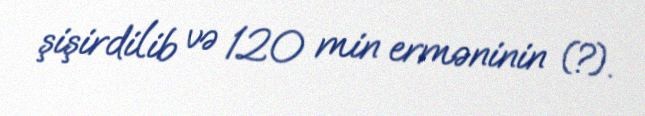
şişirdilib və 120 min erməninin (?).